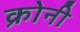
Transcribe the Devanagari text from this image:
क्रोनी